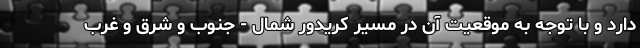
دارد و با توجه به موقعیت آن در مسیر کریدور شمال - جنوب و شرق و غرب